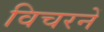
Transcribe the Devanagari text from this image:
विचरनें